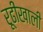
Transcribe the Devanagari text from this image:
रूढींखाली